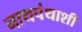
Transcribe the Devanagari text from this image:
नाथपंथाशी